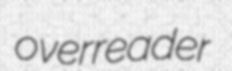
overreader